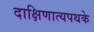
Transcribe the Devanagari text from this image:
दाक्षिणात्यपथके